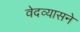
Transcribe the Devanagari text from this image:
वेदव्यासने